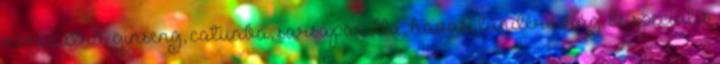
némi extra: ginseng, catuaba, sarsaparilla, havasi tündérvirág. És speciális